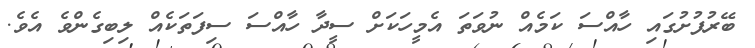
ބޭރުފުށުގައި ހާއްސަ ކަމެއް ނުވަތަ އެމީހަކަށް ސީދާ ހާއްސަ ސިފަތަކެއް ލިބިގެންވެ އެވެ.